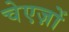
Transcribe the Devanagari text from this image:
चेएज़ों